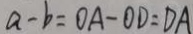
a - b = 0 A - O D = D A